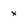
Character: x